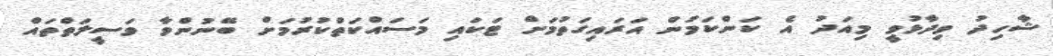
ޝާހިދު ވިދާޅުވީ މިއަދު އެ ކަންކަމުން އަރައިގަތުމަށް ޓަކައި މަސައްކަތްކުރުމަށް ބޭނުންވާ ވަސީލަތްތައް